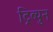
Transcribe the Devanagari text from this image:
ट्रिब्युन